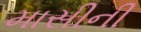
માસીની